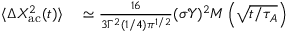
\begin{array} { r l } { \langle \Delta X _ { \mathrm { a c } } ^ { 2 } ( t ) \rangle } & { { } \simeq \frac { 1 6 } { 3 \Gamma ^ { 2 } ( 1 / 4 ) { \pi } ^ { 1 / 2 } } ( \sigma \mathcal { Y } ) ^ { 2 } M \left( \sqrt { t / \tau _ { A } } \right) } \end{array}